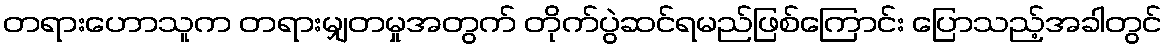
တရားဟောသူက တရားမျှတမှုအတွက် တိုက်ပွဲဆင်ရမည်ဖြစ်ကြောင်း ပြောသည့်အခါတွင်